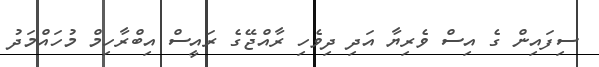
ސިފައިން ގެ އިސް ވެރިޔާ އަދި ދިވެހި ރާއްޖޭގެ ރައީސް އިބްރާހިމް މުހައްމަދު